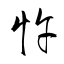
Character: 忤